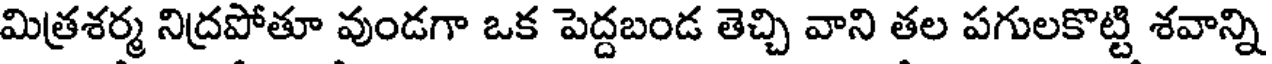
మిత్రశర్మ నిద్రపోతూ వుండగా ఒక పెద్దబండ తెచ్చి వాని తల పగులకొట్టి శవాన్ని